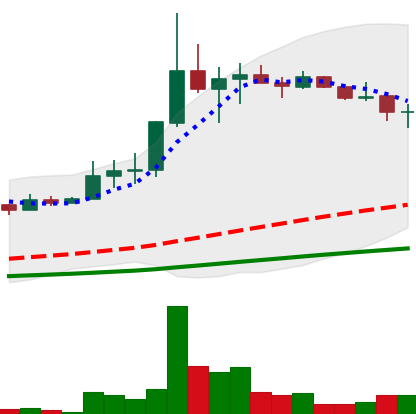
Ticker: LINK-USD
Chart end date: 2019-07-10
Forward return: -12.501%
Label: down_7plus